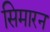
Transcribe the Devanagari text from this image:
सिमारन